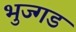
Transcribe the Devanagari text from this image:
भुज्गड